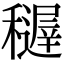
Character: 𥣦